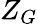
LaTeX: Z_{G}